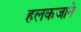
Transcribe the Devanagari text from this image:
हलकजाने